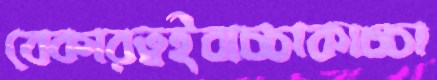
বেকারত্বইবাচ্চাকাচ্চা